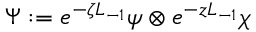
\Psi : = e ^ { - \zeta L _ { - 1 } } \psi \otimes e ^ { - z L _ { - 1 } } \chi